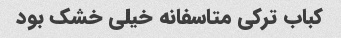
کباب ترکی متاسفانه خیلی خشک بود